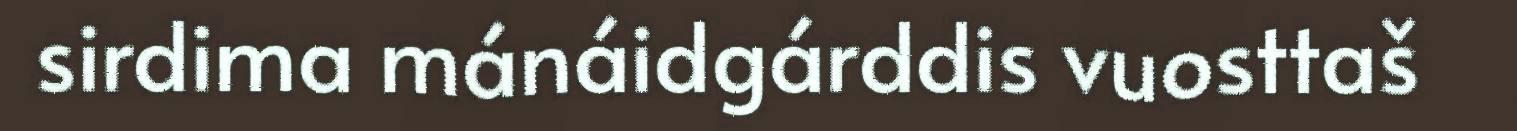
sirdima mánáidgárddis vuosttaš